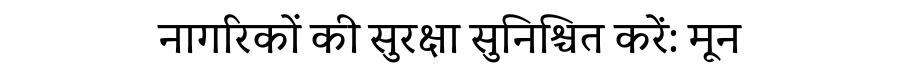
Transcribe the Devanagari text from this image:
नागरिकों की सुरक्षा सुनिश्चित करें: मून